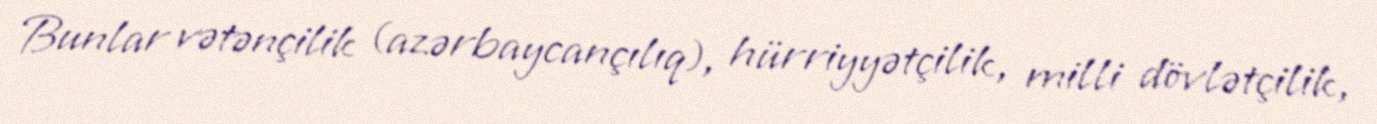
Bunlar vətənçilik (azərbaycançılıq), hürriyyətçilik, milli dövlətçilik,